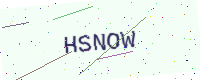
Text: HSNOW